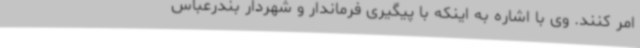
امر کنند. وی با اشاره به اینکه با پیگیری فرماندار و شهردار بندرعباس